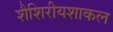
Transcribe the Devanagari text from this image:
शैशिरीयशाकल